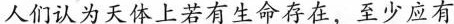
人们认为天体上若有生命存在，至少应有